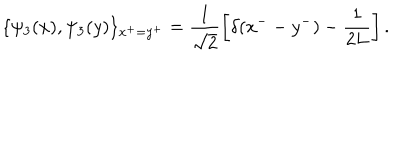
LaTeX: \{ \psi _ { 3 } ( x ) , \psi _ { 3 } ( y ) \} _ { x ^ { + } = y ^ { + } } = \frac { 1 } { \sqrt 2 } \left[ \delta ( x ^ { -- } y ^ { - } ) - \frac { 1 } { 2 L } \right] .